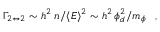
\Gamma _ { 2 \leftrightarrow 2 } \sim h ^ { 2 } \; n / \langle E \rangle ^ { 2 } \sim h ^ { 2 } \, \phi _ { d } ^ { 2 } / m _ { \phi } \; \; \; ,